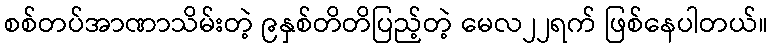
စစ်တပ်အာဏာသိမ်းတဲ့ ၉နှစ်တိတိပြည့်တဲ့ မေလ၂၂ရက် ဖြစ်နေပါတယ်။